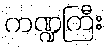
ကဏ္ဍကြီး